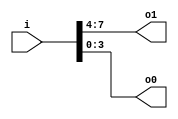
module v6bdcd9_v9a2a06 (
 input [7:0] i,
 output [3:0] o1,
 output [3:0] o0
);
 assign o1 = i[7:4];
 assign o0 = i[3:0];
endmodule